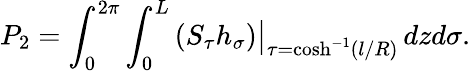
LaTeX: P_{2}=\int_{0}^{2\pi}\int_{0}^{L}\left(S_{\tau}h_{\sigma}\right)\big|_{\tau=\cosh^{-1}(l/R)}\, dzd\sigma.